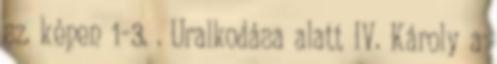
sz. képen 1–3. . Uralkodása alatt IV. Károly a